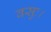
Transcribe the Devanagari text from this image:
वसुः।